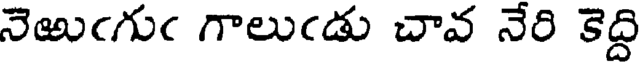
నెఱుఁగుఁ గాలుఁడు చావ నేరి కెద్ది